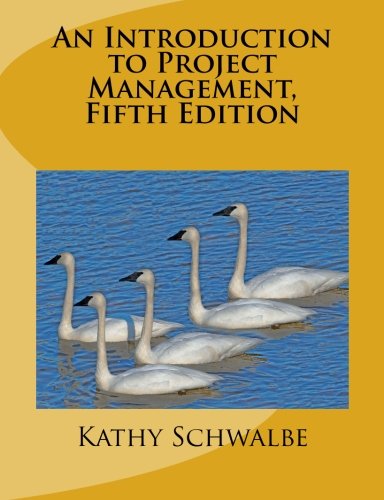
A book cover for An Introduction to Project Management, Fifth Edition: With a Brief Guide to Microsoft Project 2013; Kathy Schwalbe; Business & Money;